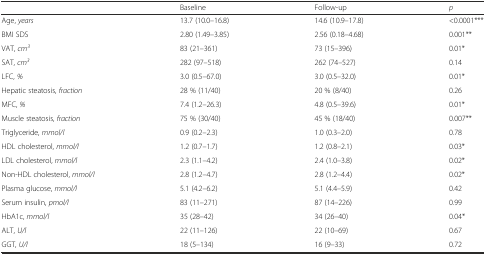
|  | Baseline | Follow-up | p |
 | --- | --- | --- | --- |
 | Age, years | 13.7 (10.0–16.8) | 14.6 (10.9–17.8) | <0.0001*** |
 | BMI SDS | 2.80 (1.49–3.85) | 2.56 (0.18–4.68) | 0.001** |
 | VAT, cm3 | 83 (21–361) | 73 (15–396) | 0.01* |
 | SAT, cm3 | 282 (97–518) | 262 (74–527) | 0.14 |
 | LFC, % | 3.0 (0.5–67.0) | 3.0 (0.5–32.0) | 0.01* |
 | Hepatic steatosis, fraction | 28 % (11/40) | 20 % (8/40) | 0.26 |
 | MFC, % | 7.4 (1.2–26.3) | 4.8 (0.5–39.6) | 0.01* |
 | Muscle steatosis, fraction | 75 % (30/40) | 45 % (18/40) | 0.007** |
 | Triglyceride, mmol/l | 0.9 (0.2–2.3) | 1.0 (0.3–2.0) | 0.78 |
 | HDL cholesterol, mmol/l | 1.2 (0.7–1.7) | 1.2 (0.8–2.1) | 0.03* |
 | LDL cholesterol, mmol/l | 2.3 (1.1–4.2) | 2.4 (1.0–3.8) | 0.02* |
 | Non-HDL cholesterol, mmol/l | 2.8 (1.2–4.7) | 2.8 (1.2–4.4) | 0.02* |
 | Plasma glucose, mmol/l | 5.1 (4.2–6.2) | 5.1 (4.4–5.9) | 0.42 |
 | Serum insulin, pmol/l | 83 (11–271) | 87 (14–226) | 0.99 |
 | HbA1c, mmol/l | 35 (28–42) | 34 (26–40) | 0.04* |
 | ALT, U/l | 22 (11–126) | 22 (10–69) | 0.67 |
 | GGT, U/l | 18 (5–134) | 16 (9–33) | 0.72 |